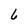
Character: 6